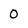
Character: 0